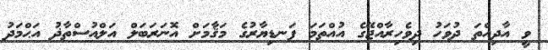
ވީ އާދިއްތަ ދުވަހު ދިވެހިރާއްޖޭގެ އުއްތަމަ ފަނޑިޔާރުގެ މަޤާމަށް އޮނަރަބަލް އަލްއުސްތާޛު އަޙްމަދު